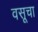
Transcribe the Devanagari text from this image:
वसूचा